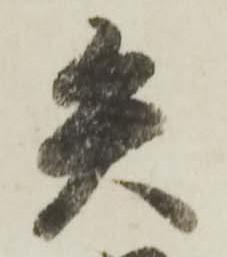
矢